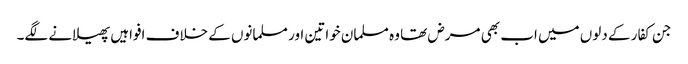
جن کفار کے دلوں میں اب بھی مرض تھا وہ مسلمان خواتین اور مسلمانوں کے خلاف افواہیں پھیلانے لگے۔